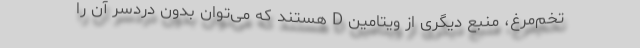
تخم‌مرغ، منبع دیگری از ویتامین D هستند که می‌توان بدون دردسر آن را